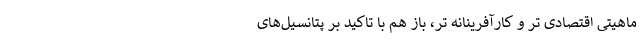
ماهیتی اقتصادی تر و کارآفرینانه تر، باز هم با تاکید بر پتانسیل‌های